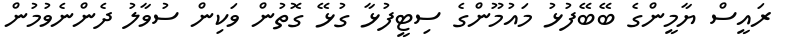
ރައީސް ޔާމީންގެ ބޭބޭފުޅު މައުމޫންގެ ސިޓީފުޅާ ގުޅޭ ގޮތުން ވަކިން ސުވާލު ދެންނެވުމުން